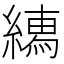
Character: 𦅎